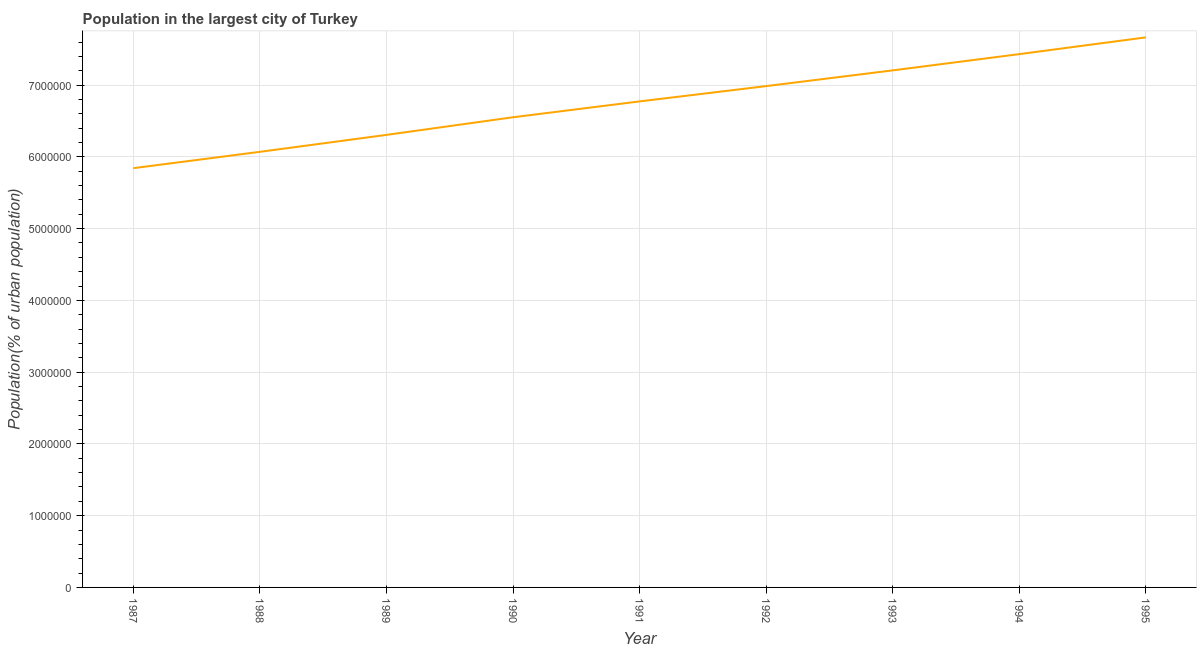
| Year | Population in largest city |
 | --- | --- |
 | 1987 | 5.84e+06 |
 | 1988 | 6.07e+06 |
 | 1989 | 6.31e+06 |
 | 1990 | 6.55e+06 |
 | 1991 | 6.77e+06 |
 | 1992 | 6.99e+06 |
 | 1993 | 7.21e+06 |
 | 1994 | 7.43e+06 |
 | 1995 | 7.67e+06 |